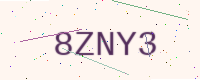
Text: 8ZNY3